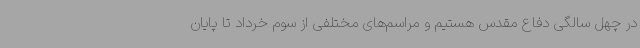
در چهل سالگی دفاع مقدس هستیم و مراسم‌های مختلفی از سوم خرداد تا پایان